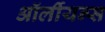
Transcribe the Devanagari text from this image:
ऑर्लीयन्स